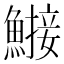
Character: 𬵤